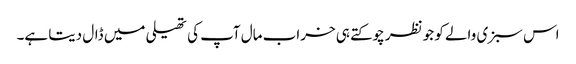
اس سبزی والے کو جو نظر چوکتے ہی خراب مال آپ کی تھیلی میں ڈال دیتا ہے۔